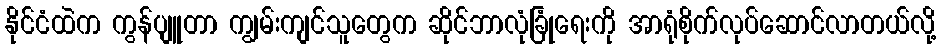
နိုင်ငံထဲက ကွန်ပျူတာ ကျွမ်းကျင်သူတွေက ဆိုင်ဘာလုံခြုံရေးကို အာရုံစိုက်လုပ်ဆောင်လာတယ်လို့